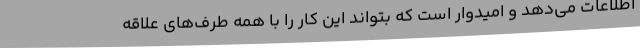
اطلاعات می‌دهد و امیدوار است که بتواند این کار را با همه طرف‌های علاقه